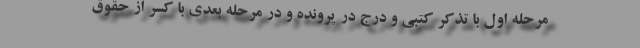
مرحله اول با تذکر کتبی و درج در پرونده و در مرحله بعدی با کسر از حقوق